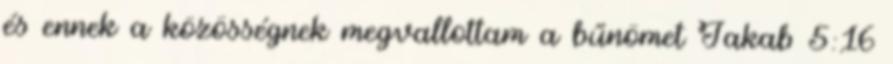
és ennek a közösségnek megvallottam a bűnömet Jakab 5:16